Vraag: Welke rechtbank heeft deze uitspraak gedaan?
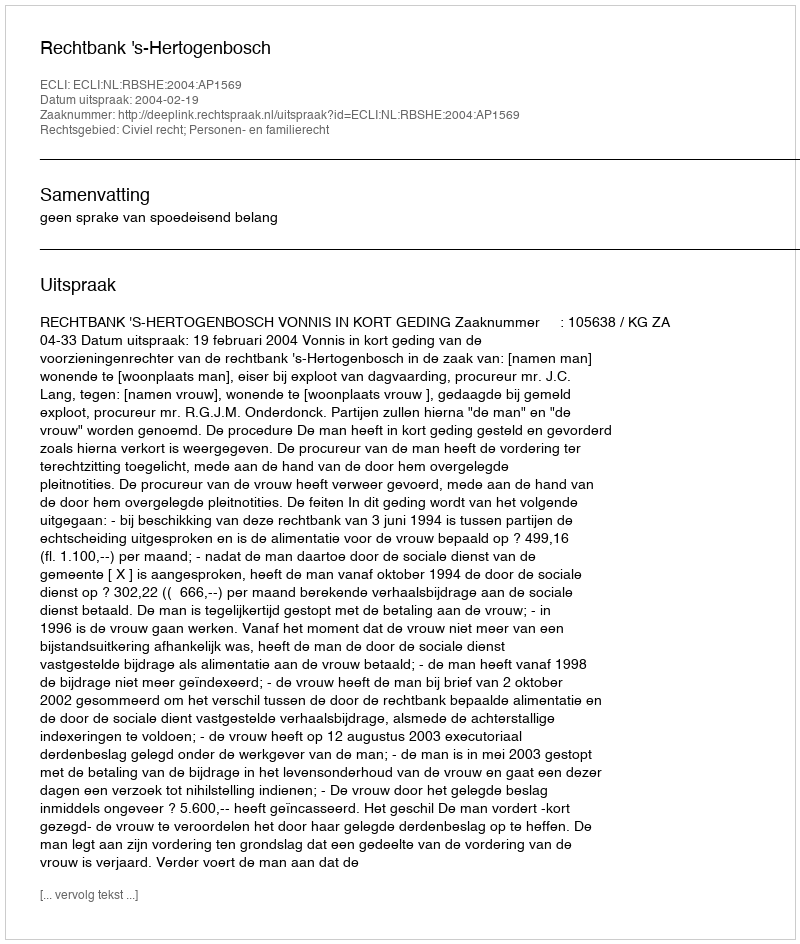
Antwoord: Rechtbank 's-Hertogenbosch